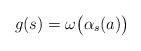
LaTeX: \begin{align*}g(s)=\omega\bigl(\alpha_s(a)\bigr)\end{align*}